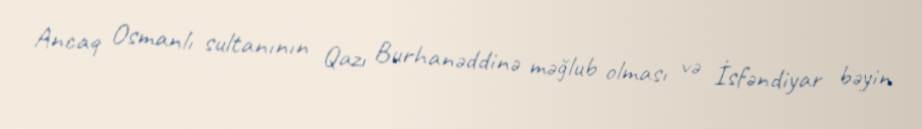
Ancaq Osmanlı sultanının Qazı Burhanəddinə məğlub olması və İsfəndiyar bəyin